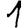
Digit: 1